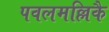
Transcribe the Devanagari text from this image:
पवलमल्लिकै